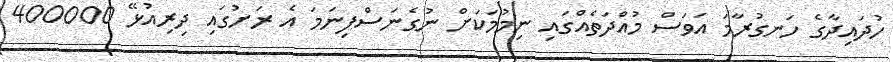
ހުދައިދާގެ ހަނގުރާމަ އަވަސް މުއްދަތެއްގައި ނިމުމަކަށް ނުގެނަސްފިނަމަ އެ ރަށުގައި ދިރިއުޅޭ 400000